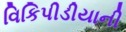
વિકિપીડીયાની